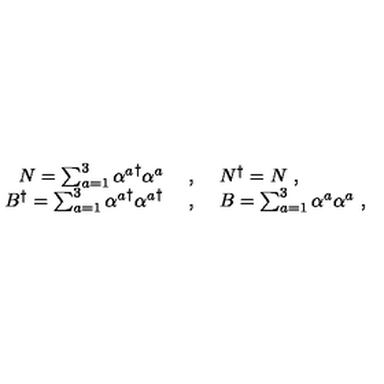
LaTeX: \begin{array} { r c l } { N = \sum _ { a = 1 } ^ { 3 } { \alpha ^ { a } } ^ { \dagger } \alpha ^ { a } \ } & { , } & { \ N ^ { \dagger } = N \ , } \\ { B ^ { \dagger } = \sum _ { a = 1 } ^ { 3 } { \alpha ^ { a } } ^ { \dagger } { \alpha ^ { a } } ^ { \dagger } \ } & { , } & { \ B = \sum _ { a = 1 } ^ { 3 } \alpha ^ { a } \alpha ^ { a } \ , } \\ \end{array}